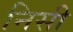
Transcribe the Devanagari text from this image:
निसी